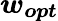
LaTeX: \boldsymbol{w_{opt}}